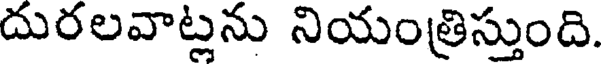
దురలవాట్లను నియంత్రిస్తుంది.